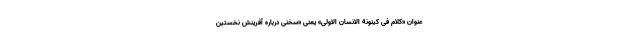
عنوان «کلام فی کینونة الانسان الاولی» یعنی «سخنی درباره آفرینش نخستین